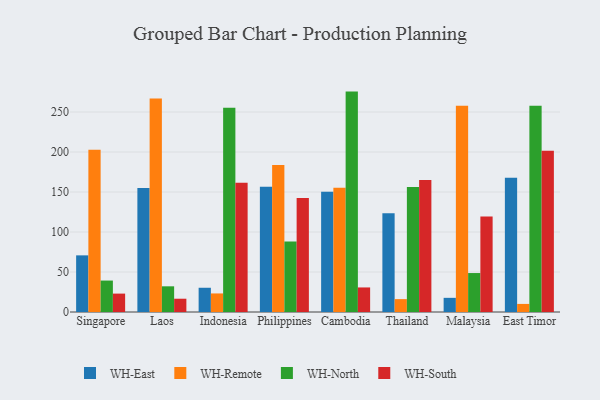
{"axis": {"x": "Country", "y": "Waste Production (Tons)"}, "legend": ["WH-East", "WH-North", "WH-Remote", "WH-South"], "data": [{"x": "Singapore", "y": 70.8, "type": "WH-East"}, {"x": "Singapore", "y": 202.9, "type": "WH-Remote"}, {"x": "Singapore", "y": 39.3, "type": "WH-North"}, {"x": "Singapore", "y": 23.0, "type": "WH-South"}, {"x": "Laos", "y": 154.9, "type": "WH-East"}, {"x": "Laos", "y": 266.8, "type": "WH-Remote"}, {"x": "Laos", "y": 32.1, "type": "WH-North"}, {"x": "Laos", "y": 16.6, "type": "WH-South"}, {"x": "Indonesia", "y": 30.3, "type": "WH-East"}, {"x": "Indonesia", "y": 23.2, "type": "WH-Remote"}, {"x": "Indonesia", "y": 255.3, "type": "WH-North"}, {"x": "Indonesia", "y": 161.6, "type": "WH-South"}, {"x": "Philippines", "y": 156.7, "type": "WH-East"}, {"x": "Philippines", "y": 183.6, "type": "WH-Remote"}, {"x": "Philippines", "y": 88.0, "type": "WH-North"}, {"x": "Philippines", "y": 142.4, "type": "WH-South"}, {"x": "Cambodia", "y": 150.3, "type": "WH-East"}, {"x": "Cambodia", "y": 155.3, "type": "WH-Remote"}, {"x": "Cambodia", "y": 275.5, "type": "WH-North"}, {"x": "Cambodia", "y": 30.7, "type": "WH-South"}, {"x": "Thailand", "y": 123.3, "type": "WH-East"}, {"x": "Thailand", "y": 16.1, "type": "WH-Remote"}, {"x": "Thailand", "y": 156.4, "type": "WH-North"}, {"x": "Thailand", "y": 164.9, "type": "WH-South"}, {"x": "Malaysia", "y": 17.7, "type": "WH-East"}, {"x": "Malaysia", "y": 257.9, "type": "WH-Remote"}, {"x": "Malaysia", "y": 48.7, "type": "WH-North"}, {"x": "Malaysia", "y": 119.4, "type": "WH-South"}, {"x": "East Timor", "y": 167.9, "type": "WH-East"}, {"x": "East Timor", "y": 10.1, "type": "WH-Remote"}, {"x": "East Timor", "y": 257.7, "type": "WH-North"}, {"x": "East Timor", "y": 201.7, "type": "WH-South"}]}